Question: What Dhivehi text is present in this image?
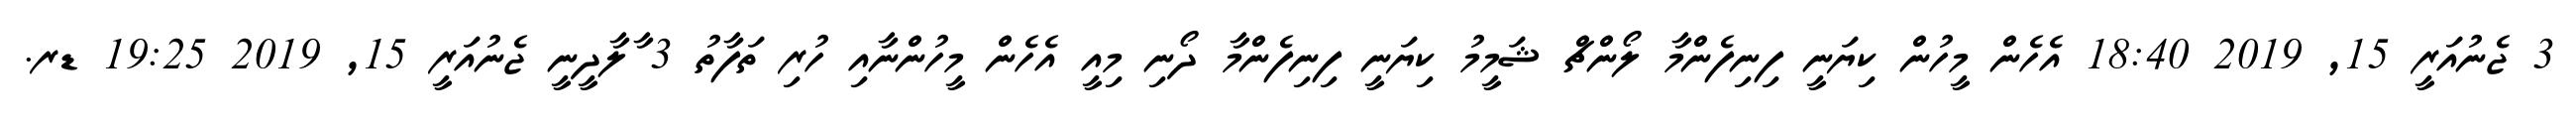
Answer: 3 ޖެނުއަރީ 15, 2019 18:40 އެހެން މީހުން ކިޔަނީ ފިނިފެންމާ ލޯންޗް ޝަމީމު ކިޔަނީ ފިނިފެންމާ ދޯނި މިއީ އެހެން މީހުންނާއި ހުރި ތަފާތު 3 ާލާދީނީ ޖެނުއަރީ 15, 2019 19:25 ޑރ.